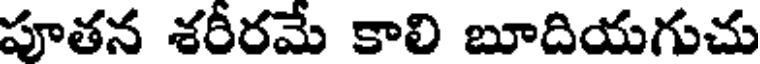
పూతన శరీరమే కాలి బూదియగుచు